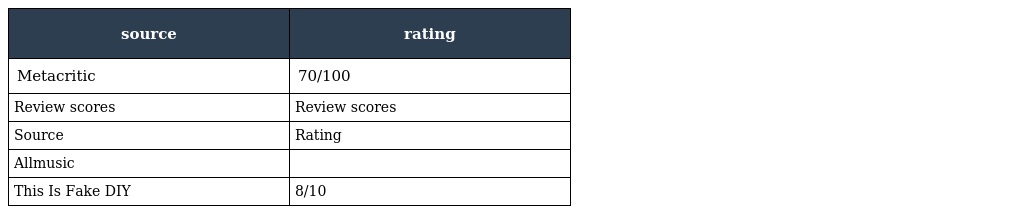
| source | rating |
 | --- | --- |
 | Metacritic | 70/100 |
 | Review scores | Review scores |
 | Source | Rating |
 | Allmusic |  |
 | This Is Fake DIY | 8/10 |